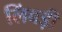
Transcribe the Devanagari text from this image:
लिंबड़ी